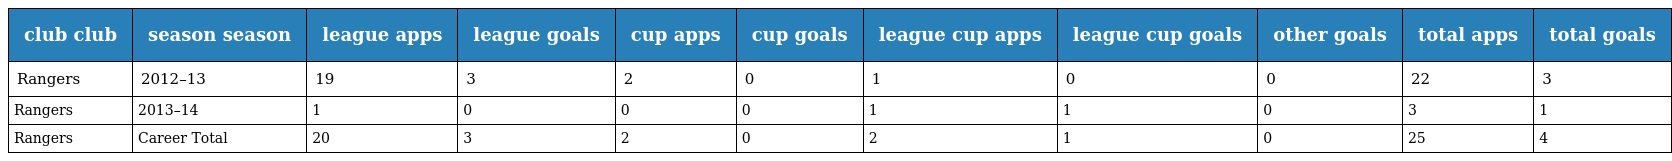
| club club | season season | league apps | league goals | cup apps | cup goals | league cup apps | league cup goals | other goals | total apps | total goals |
 | --- | --- | --- | --- | --- | --- | --- | --- | --- | --- | --- |
 | Rangers | 2012–13 | 19 | 3 | 2 | 0 | 1 | 0 | 0 | 22 | 3 |
 | Rangers | 2013–14 | 1 | 0 | 0 | 0 | 1 | 1 | 0 | 3 | 1 |
 | Rangers | Career Total | 20 | 3 | 2 | 0 | 2 | 1 | 0 | 25 | 4 |